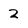
Character: 2